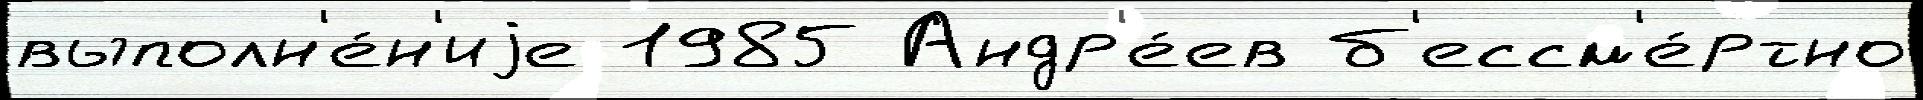
выполн'е́н'иjе 1985 Андр'е́ев б'ессм'е́ртно